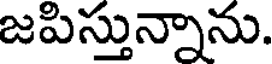
జపిస్తున్నాను.